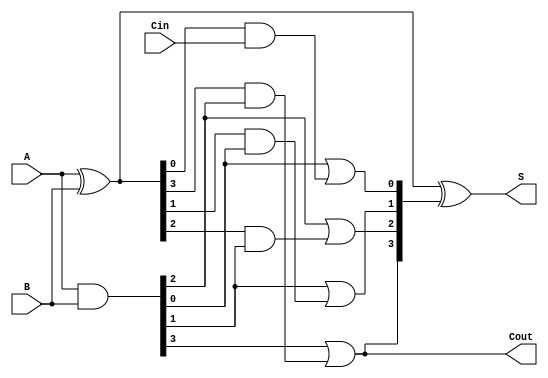
module SklanskyAdder #(parameter n = 4) (
    input  [n-1:0] A,     // First n-bit input
    input  [n-1:0] B,     // Second n-bit input
    input         Cin,     // Carry-in
    output [n-1:0] S,     // n-bit sum output
    output        Cout     // Carry-out output
);

    // Generate and propagate signals
    wire [n-1:0] G; // Generate signals
    wire [n-1:0] P; // Propagate signals
    wire [n:0] C;   // Carry signals

    // Generate and propagate calculations
    assign G = A & B;          // G[i] = A[i] AND B[i]
    assign P = A ^ B;          // P[i] = A[i] XOR B[i]

    // Carry signal calculations
    assign C[0] = Cin;         // C[0] = Cin

    // Level 1 carry calculations
    genvar i;
    generate
        for (i = 0; i < n; i = i + 1) begin : carry_gen
            if (i == 0) begin
                assign C[i + 1] = G[i] | (P[i] & C[0]); // C[1]
            end else begin
                assign C[i + 1] = G[i] | (P[i] & G[i - 1]); // C[i + 1]
            end
        end
    endgenerate

    // Sum calculation
    assign S = P ^ C[n:1]; // S[i] = P[i] XOR C[i]

    // Final carry-out
    assign Cout = C[n]; // Cout = C[n]

endmodule